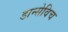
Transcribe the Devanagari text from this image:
डान्सेविच